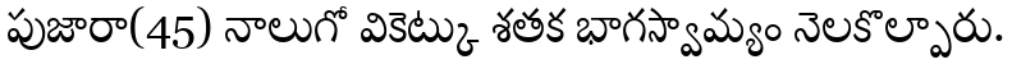
పుజారా(45) నాలుగో వికెట్కు శతక భాగస్వామ్యం నెలకొల్పారు.